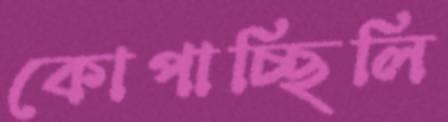
কোপাচ্ছিলি